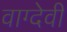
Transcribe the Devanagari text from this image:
वाग्‍देवी